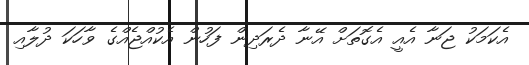
އެކަމަކު ޖަނާ އެއީ އެގޮތަށް އޭނާ ދެރަދިން ފަހުން އެކުއްޖެއްގެ ވާހަކަ ދުލާއި